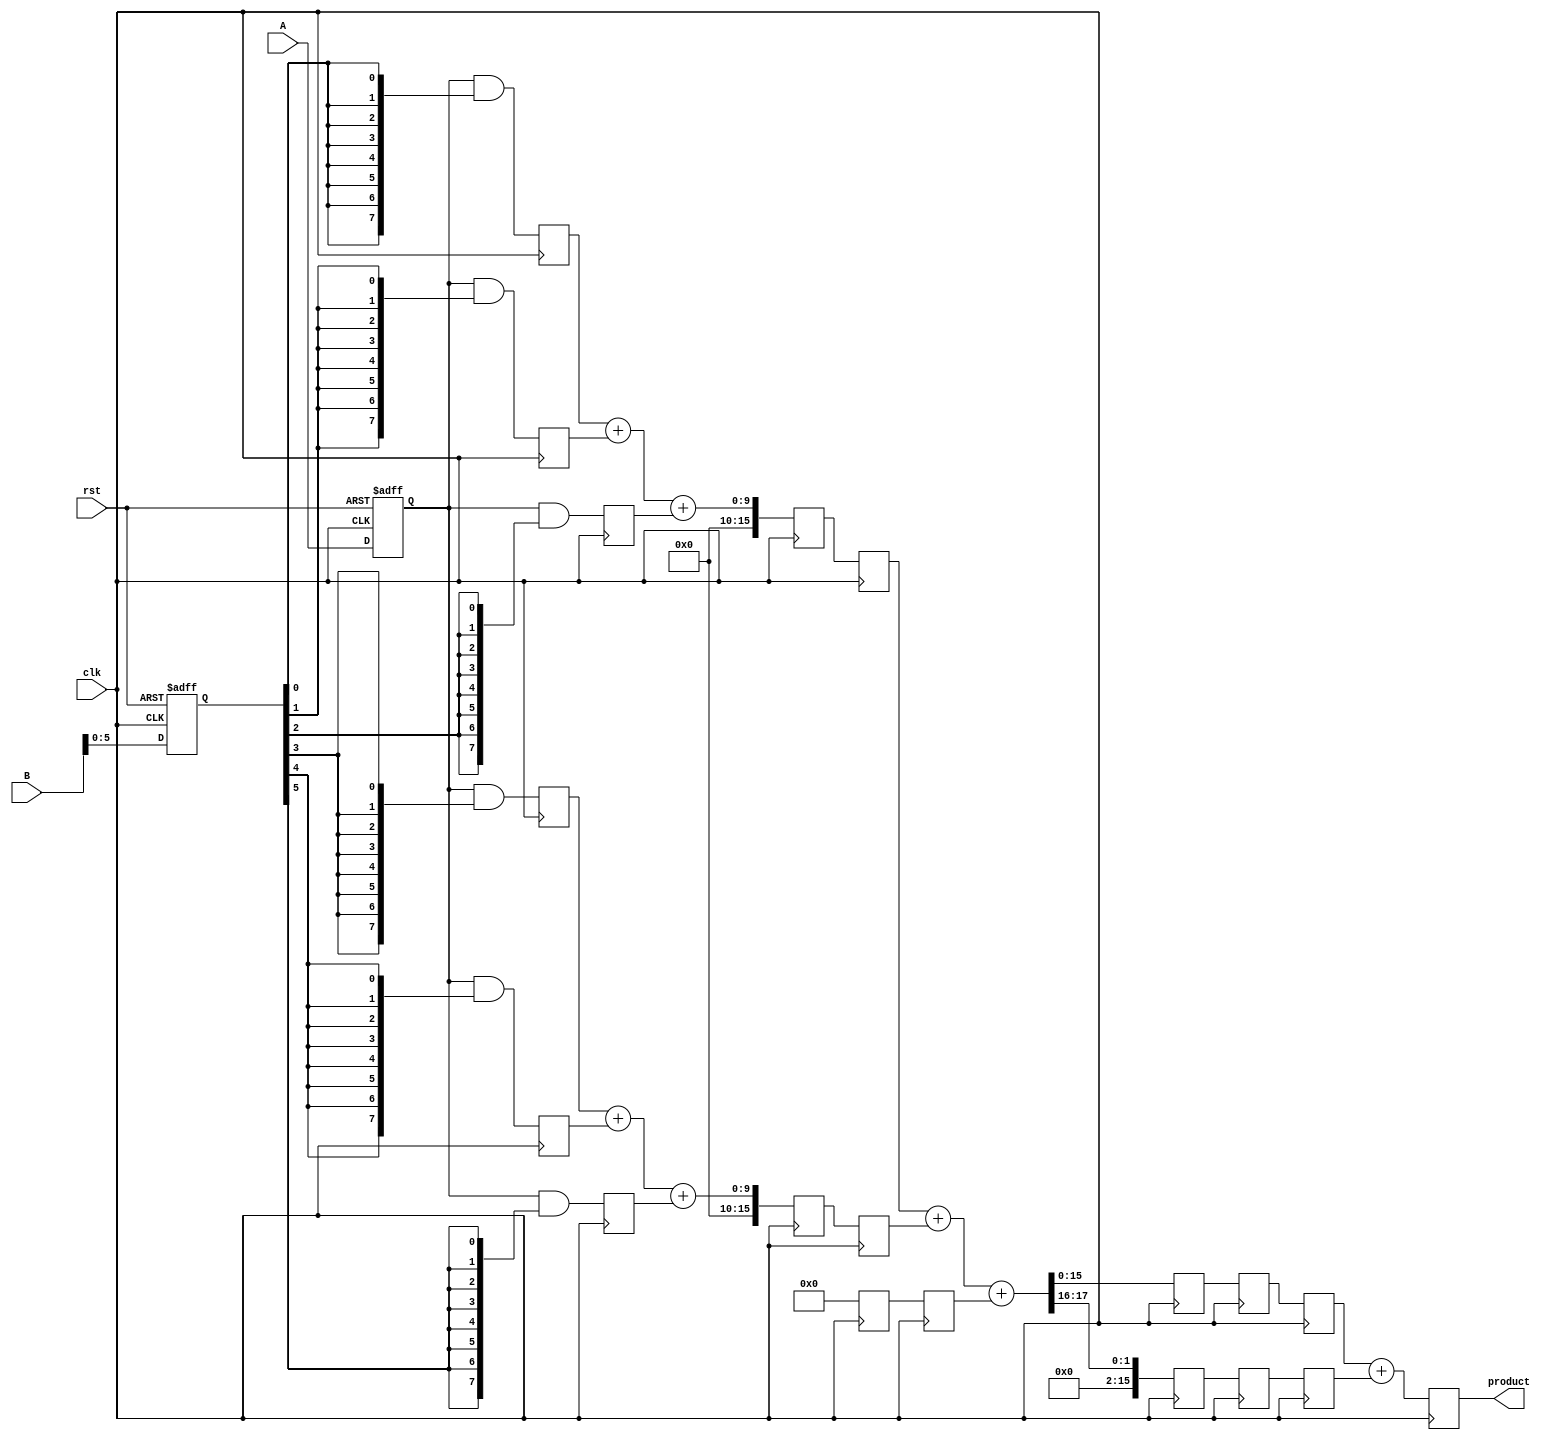
module PipelinedWallaceTreeMultiplier #(parameter N = 8) (
    input clk,
    input rst,
    input [N-1:0] A,
    input [N-1:0] B,
    output reg [2*N-1:0] product
);

    // Intermediate signals
    reg [N-1:0] pp[N-1:0]; // Partial products
    reg [2*N-1:0] sum_stage1[N/3-1:0]; // First stage sums
    reg [2*N-1:0] carry_stage1[N/3-1:0]; // First stage carries
    reg [2*N-1:0] sum_stage2[N/6-1:0]; // Second stage sums
    reg [2*N-1:0] carry_stage2[N/6-1:0]; // Second stage carries
    reg [2*N-1:0] final_sum, final_carry; // Final sums and carries

    // Pipeline registers
    reg [N-1:0] A_reg, B_reg;
    reg [2*N-1:0] pp_reg[N-1:0];
    reg [2*N-1:0] sum_stage1_reg[N/3-1:0];
    reg [2*N-1:0] carry_stage1_reg[N/3-1:0];
    reg [2*N-1:0] sum_stage2_reg[N/6-1:0];
    reg [2*N-1:0] carry_stage2_reg[N/6-1:0];
    
    // Input stage
    always @(posedge clk or posedge rst) begin
        if (rst) begin
            A_reg <= 0;
            B_reg <= 0;
        end else begin
            A_reg <= A;
            B_reg <= B;
        end
    end

    // Partial product generation
    integer i;
    always @(posedge clk) begin
        for (i = 0; i < N; i = i + 1) begin
            pp[i] <= A_reg & {N{B_reg[i]}};
        end
    end

    // Wallace tree reduction - Stage 1
    always @(posedge clk) begin
        for (i = 0; i < N/3; i = i + 1) begin
            {carry_stage1[i], sum_stage1[i]} <= pp[3*i] + pp[3*i+1] + pp[3*i+2];
        end
    end

    // Pipeline registers for stage 1
    always @(posedge clk) begin
        for (i = 0; i < N/3; i = i + 1) begin
            sum_stage1_reg[i] <= sum_stage1[i];
            carry_stage1_reg[i] <= carry_stage1[i];
        end
    end

    // Wallace tree reduction - Stage 2
    always @(posedge clk) begin
        for (i = 0; i < N/6; i = i + 1) begin
            {carry_stage2[i], sum_stage2[i]} <= sum_stage1_reg[2*i] + sum_stage1_reg[2*i+1] + carry_stage1_reg[2*i];
        end
    end

    // Pipeline registers for stage 2
    always @(posedge clk) begin
        for (i = 0; i < N/6; i = i + 1) begin
            sum_stage2_reg[i] <= sum_stage2[i];
            carry_stage2_reg[i] <= carry_stage2[i];
        end
    end

    // Final addition
    always @(posedge clk) begin
        final_sum <= sum_stage2_reg[0];
        final_carry <= carry_stage2_reg[0];
        for (i = 1; i < N/6; i = i + 1) begin
            {final_carry, final_sum} <= final_sum + sum_stage2_reg[i] + carry_stage2_reg[i];
        end
    end

    // Output stage
    always @(posedge clk) begin
        product <= final_sum + final_carry;
    end

endmodule